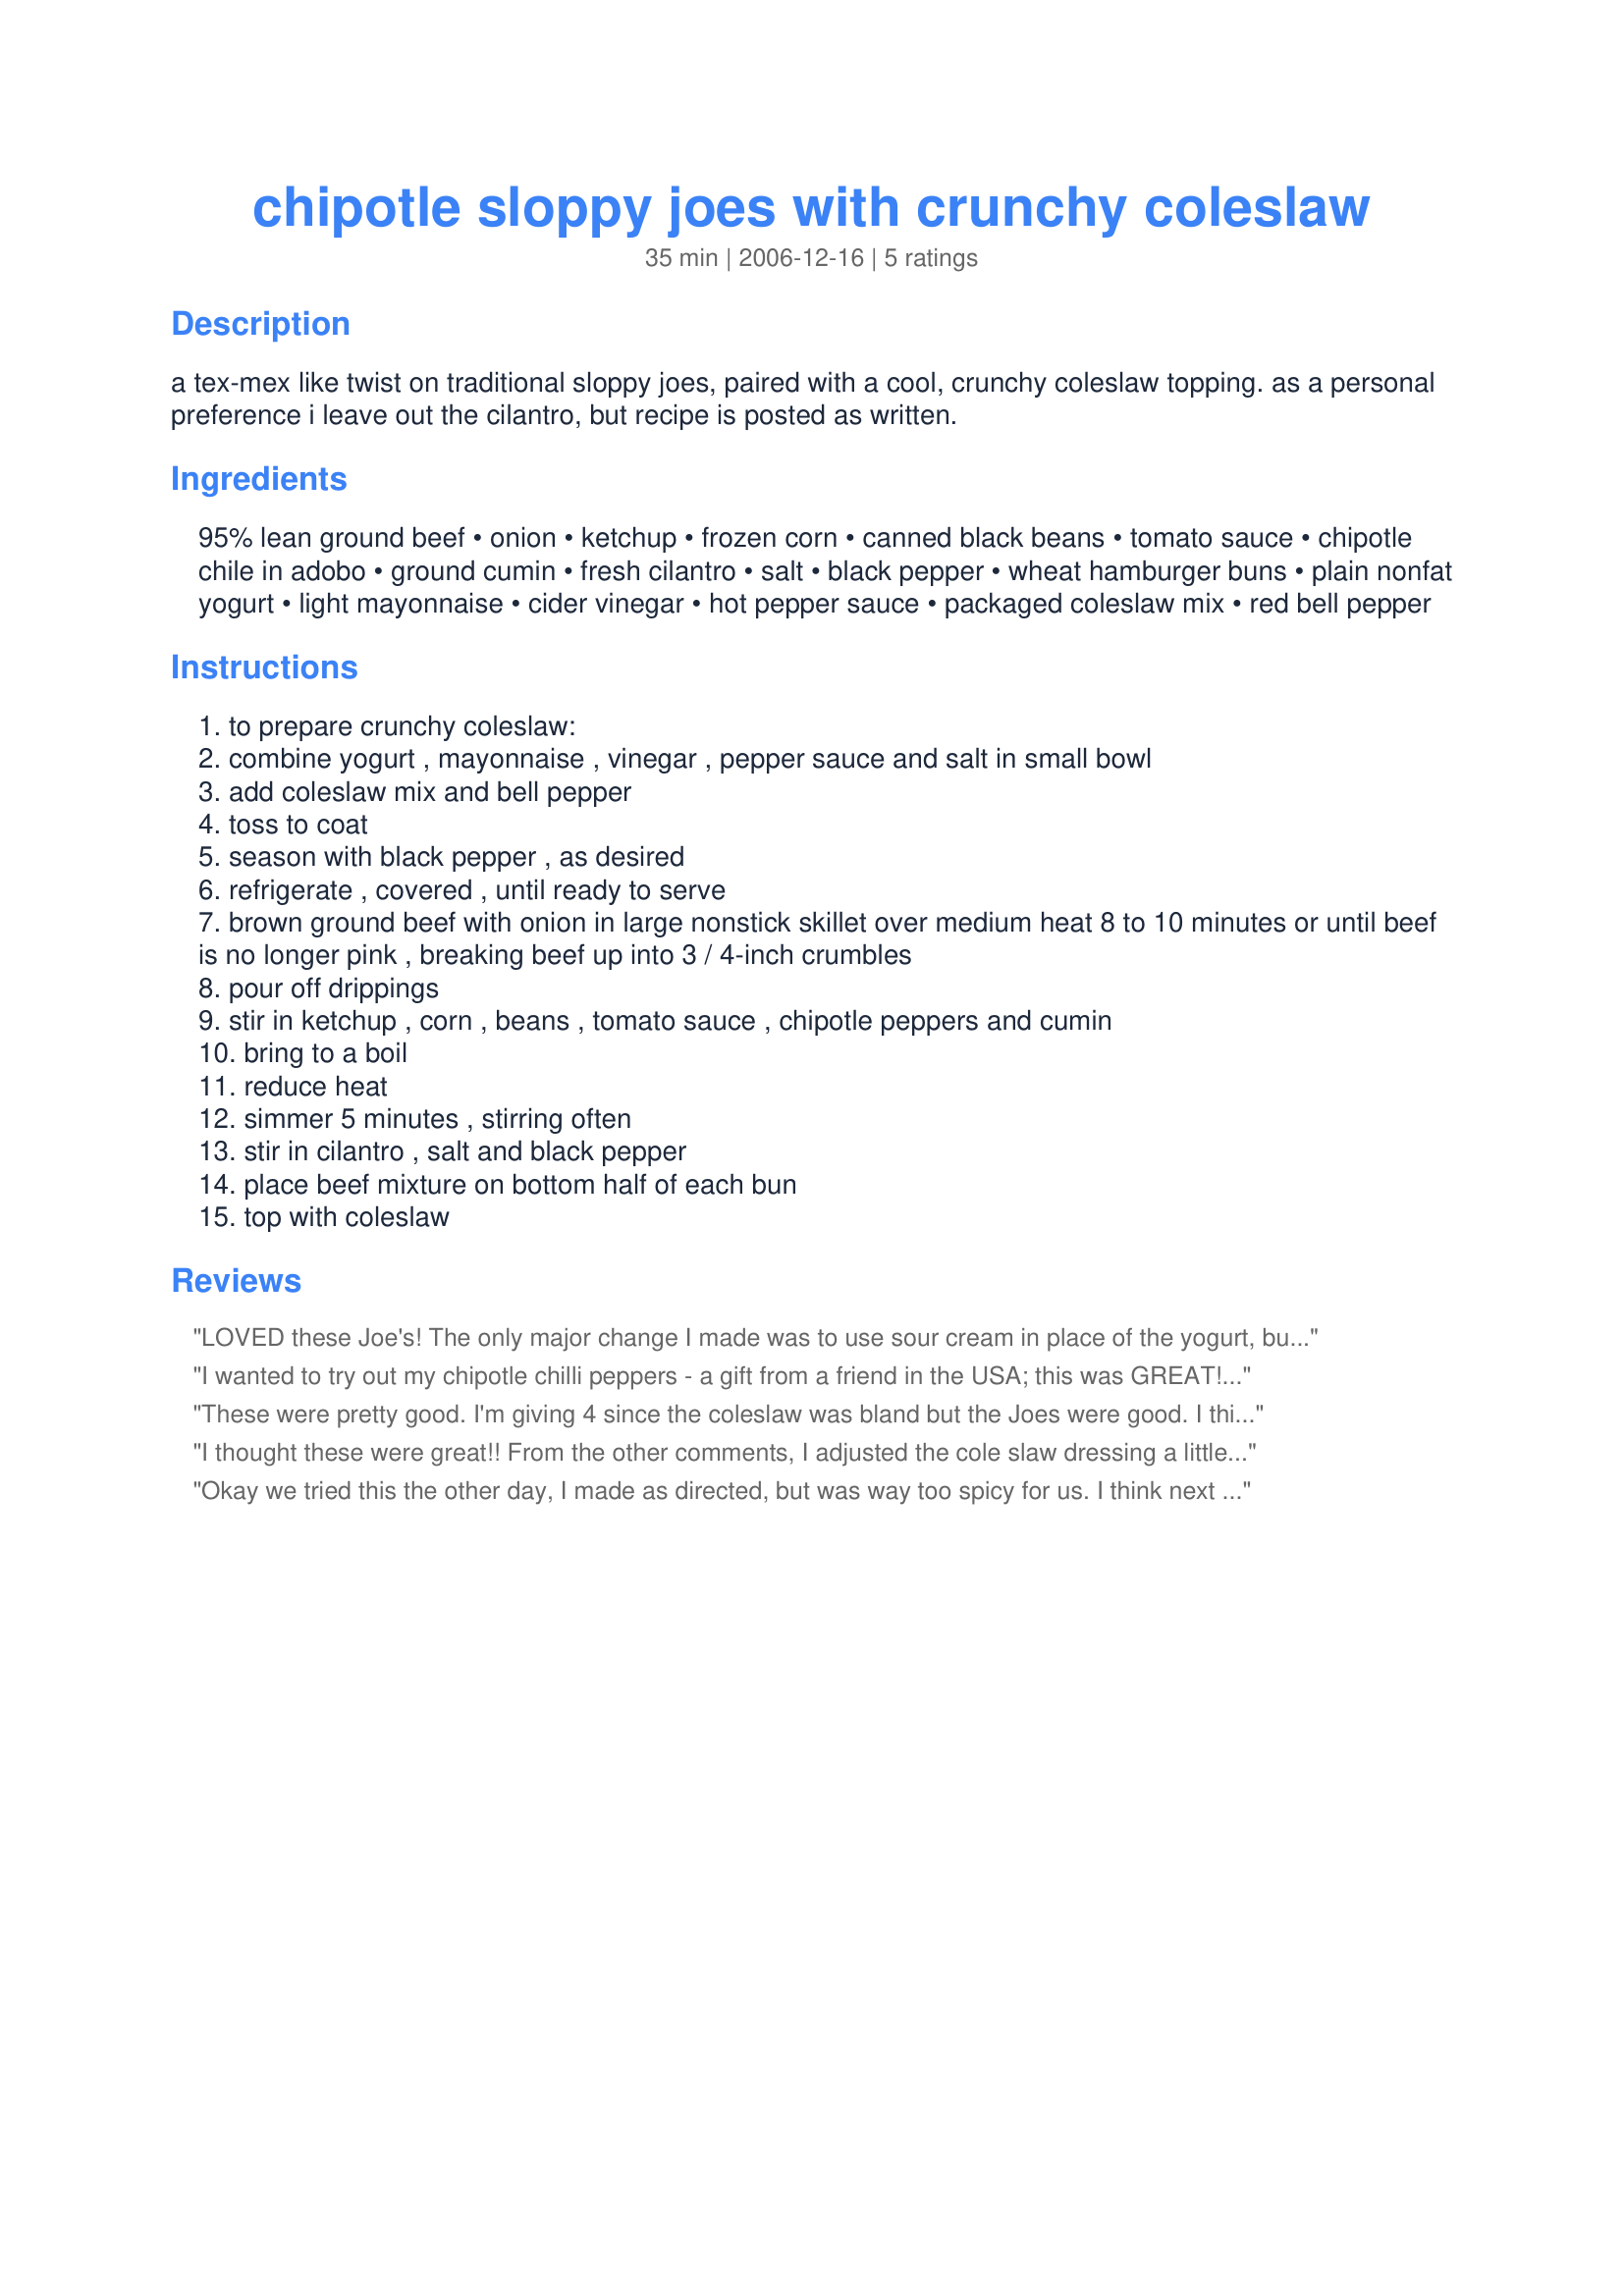
chipotle sloppy joes with crunchy coleslaw
Preparation time: 35 minutes

a tex-mex like twist on traditional sloppy joes, paired with a cool, crunchy coleslaw topping.
as a personal preference i leave out the cilantro, but recipe is posted as written.

Ingredients:
95% lean ground beef, onion, ketchup, frozen corn, canned black beans, tomato sauce, chipotle chile in adobo, ground cumin, fresh cilantro, salt, black pepper, wheat hamburger buns, plain nonfat yogurt, light mayonnaise, cider vinegar, hot pepper sauce, packaged coleslaw mix, red bell pepper

Steps:
to prepare crunchy coleslaw:
combine yogurt , mayonnaise , vinegar , pepper sauce and salt in small bowl
add coleslaw mix and bell pepper
toss to coat
season with black pepper , as desired
refrigerate , covered , until ready to serve
brown ground beef with onion in large nonstick skillet over medium heat 8 to 10 minutes or until beef is no longer pink , breaking beef up into 3 / 4-inch crumbles
pour off drippings
stir in ketchup , corn , beans , tomato sauce , chipotle peppers and cumin
bring to a boil
reduce heat
simmer 5 minutes , stirring often
stir in cilantro , salt and black pepper
place beef mixture on bottom half of each bun
top with coleslaw

Reviews:
LOVED these Joe's! The only major change I made was to use sour cream in place of the yogurt, but that was only because I was in the middle of the recipe before I realized I didn't have any on hand. I love chipotle - and spicy is always welcome in our house - but I loved the fact that I could make it without spice for the kids, then just drizzle extra adobo sauce from the can on top of mine. I did not find the chipotle amounts called for to be too spicy (and I don't like things spicy to the point of overpowering the flavor of the dish); in fact, I added twice the amount. I will try ground turkey next time and use yogurt, otherwise will make no changes. The coleslaw was a very nice touch and really completes the sandwich. THANKS for sharing!!
I wanted to try out my chipotle chilli peppers - a gift from a friend in the USA; this was GREAT! The only change I made was to use kidney beans as I had no black beans, and I also had no frozen corn either. Everything else was made exctly as the recipe suggests. We had it for our supper and even my hubby who is not keen on spicy food said it was very nice. Thanks for posting this - a totally NEW type of recipe for me to try & keep. P.S. The coleslaw was a great addition to this sandwich.
These were pretty good. I'm giving 4 since the coleslaw was bland but the Joes were good. I think we will tinker with the coleslaw part of the recipe to have a bit more taste. Thanks so much!! This is a make again.
I thought these were great!! From the other comments, I adjusted the cole slaw dressing a little bit to suit our tastes. I diced the red pepper and I used a large tablespoon of sour cream, 1/4 cup mayo, 1 tablespoon apple cider vinegar, a good shot of Frank's red hot sauce and then salt and pepper. Come out fantastic and went really well with the meat mixture. I didn't add the cilantro to the mixture as DH doesn't really care for it and just sprinkled some on my sandwich instead. We used some soft onion rolls and served them with Recipe #372939.
Okay we tried this the other day, I made as directed, but was way too spicy for us. I think next time I will cut back on chipotle chiles. But over all had a great smokey flavor. I did make colslaw as directed but was too bland, I will just use regular colslaw dressing next time, it is a good compliment to smokey flavor in this sloppy joe recipe. I will definately make again with tweaking. Thanks for a good recipe.
